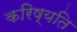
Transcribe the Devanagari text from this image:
करिष्यति